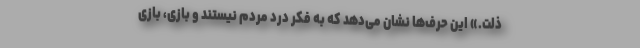
ذلت.» این حرف‌‌ها نشان می‌دهد که به فکر درد مردم نیستند و بازی، بازی